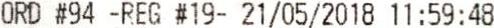
ORD #94 -REG #19- 21/05/2018 11:59:48